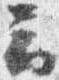
云